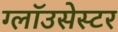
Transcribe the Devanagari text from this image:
ग्लॉउसेस्टर